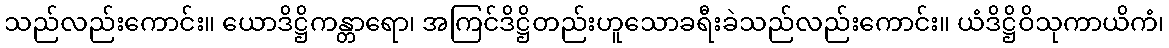
သည်လည်းကောင်း။ ယောဒိဋ္ဌိကန္တာရော၊ အကြင်ဒိဋ္ဌိတည်းဟူသောခရီးခဲသည်လည်းကောင်း။ ယံဒိဋ္ဌိဝိသုကာယိကံ၊